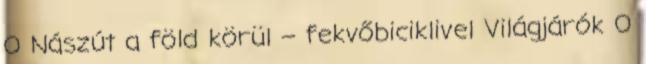
0 Nászút a föld körül – fekvőbiciklivel Világjárók 0